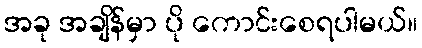
အခု အချိန်မှာ ပို ကောင်းစေရပါမယ်။